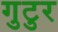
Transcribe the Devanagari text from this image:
गुटुर